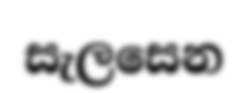
සැලසෙන